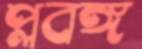
প্লবঙ্গ